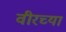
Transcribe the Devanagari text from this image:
वीरच्या